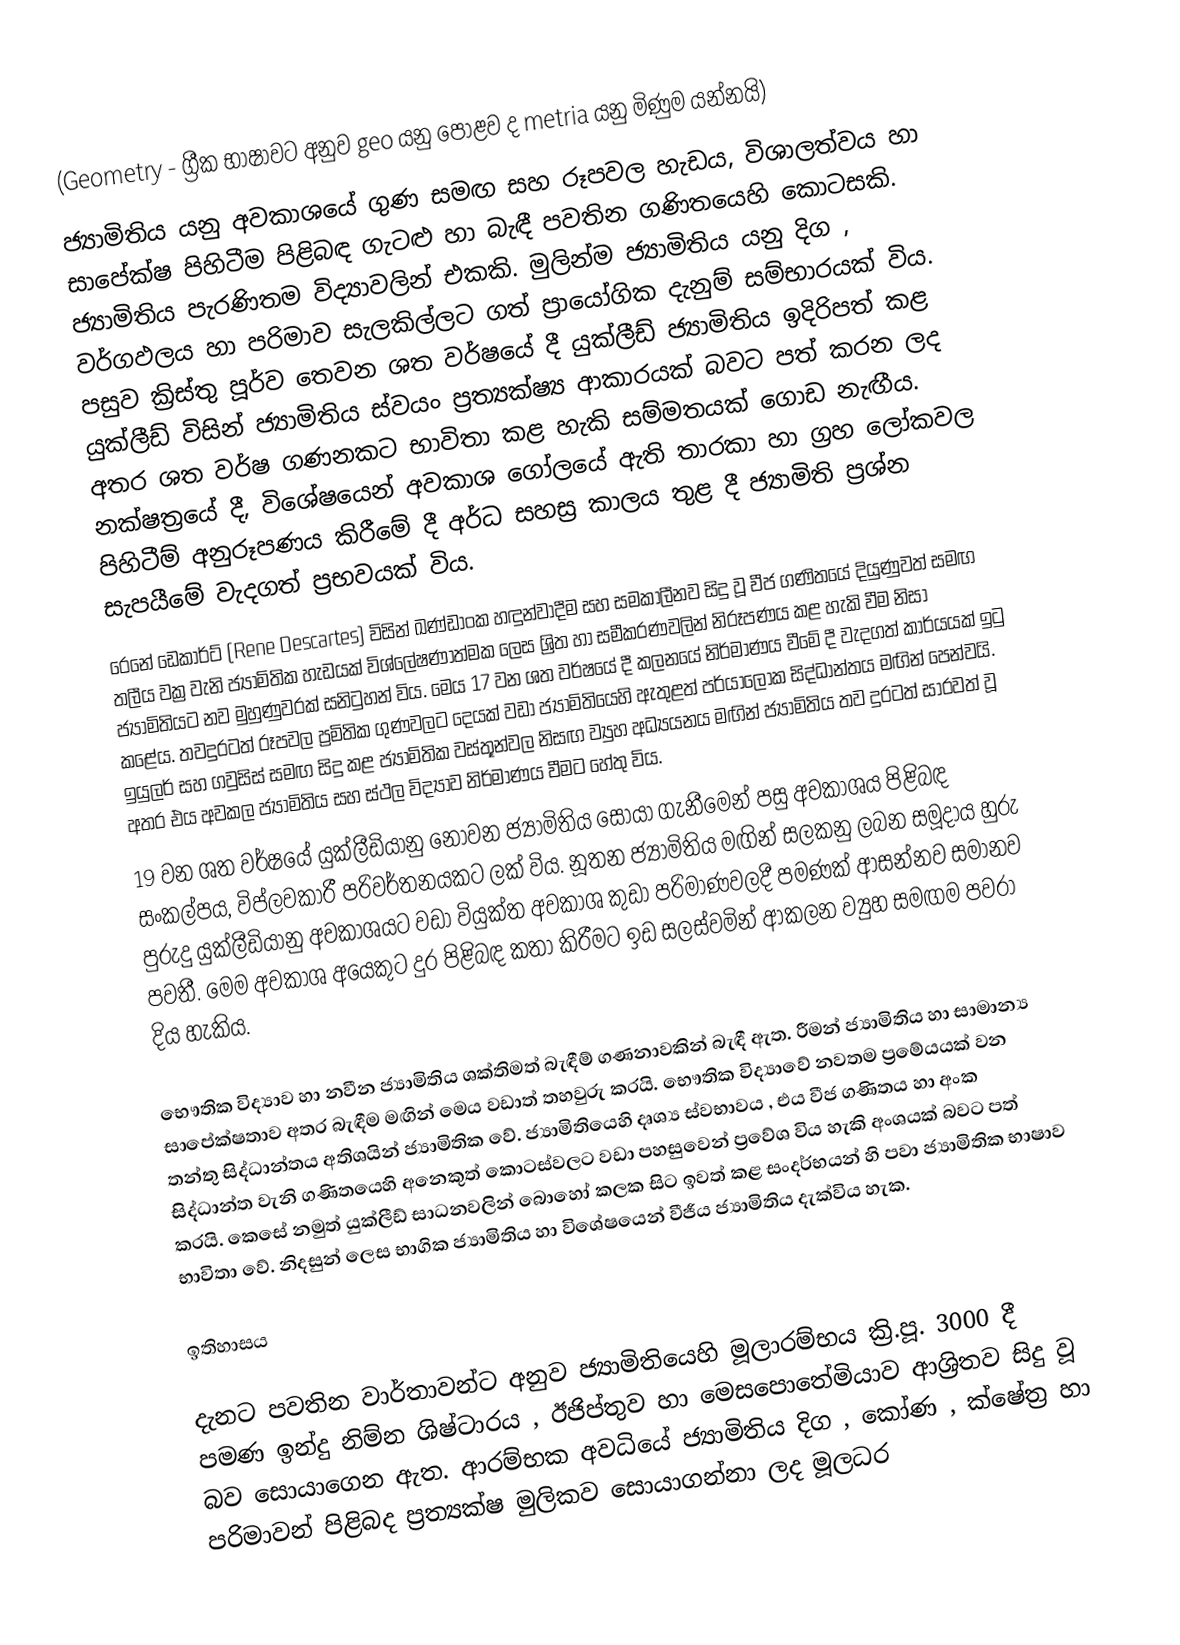
(Geometry - ග්‍රීක භාෂාවට අනුව geo යනු පොළව ද metria යනු මිණුම යන්නයි)
ජ්‍යාමිතිය යනු අවකාශයේ ගුණ සමඟ සහ රූපවල හැඩය, විශාලත්වය හා සාපේක්ෂ පිහිටීම පිළිබඳ ගැටළු හා බැඳී පවතින ගණිතයෙහි කොටසකි. ජ්‍යාමිතිය පැරණිතම විද්‍යාවලින් එකකි. මුලින්ම ජ්‍යාමිතිය යනු දිග , වර්ගඵලය හා පරිමාව සැලකිල්ලට ගත් ප්‍රායෝගික දැනුම් සම්භාරයක් විය. පසුව ක්‍රිස්තු පූර්ව තෙවන ශත වර්ෂයේ දී යුක්ලීඩ් ජ්‍යාමිතිය ඉදිරිපත් කළ යුක්ලීඩ් විසින් ජ්‍යාමිතිය ස්වයං ප්‍රත්‍යක්ෂ්‍ය ආකාරයක් බවට පත් කරන ලද අතර ශත වර්ෂ ගණනකට භාවිතා කළ හැකි සම්මතයක් ගොඩ නැඟීය. නක්ෂත්‍රයේ දී, විශේෂයෙන් අවකාශ ගෝලයේ ඇති තාරකා හා ග්‍රහ ලෝකවල පිහිටීම් අනුරූපණය කිරීමේ දී අර්ධ සහස්‍ර කාලය තුළ දී ජ්‍යාමිති ප්‍රශ්න සැපයීමේ වැදගත් ප්‍රභවයක් විය.
රෙනේ ඩෙකාර්ට් (Rene Descartes) විසින් ඛණ්ඩාංක හඳුන්වාදීම සහ සමකාලීනව සිදු වූ වීජ ගණිතයේ දියුණුවත් සමඟ තලීය වක්‍ර වැනි ජ්‍යාමිතික හැඩයක් විශ්ලේෂණාත්මක ලෙස ශ්‍රිත හා සමීකරණවලින් නිරූපණය කළ හැකි වීම නිසා ජ්‍යාමිතියට නව මුහුණුවරක් සනිටුහන් විය. මෙය 17 වන ශත වර්ෂයේ දී කලනයේ නිර්මාණය වීමේ දී වැදගත් කාර්යයක් ඉටු කළේය. තවදුරටත් රූපවල ප්‍රමිතික ගුණවලට දෙයක් වඩා ජ්‍යාමිතියෙහි ඇතුළත් පර්යාලෝක සිද්ධාන්තය මඟින් පෙන්වයි. ඉයුලර් සහ ගවුසිස් සමඟ සිදු කළ ජ්‍යාමිතික වස්තූන්වල නිසඟ ව්‍යුහ අධ්‍යයනය මඟින් ජ්‍යාමිතිය තව දුරටත් සාරවත් වූ අතර එය අවකල ජ්‍යාමිතිය සහ ස්ථල විද්‍යාව නිර්මාණය වීමට හේතු විය.
19 වන ශත වර්ෂයේ යුක්ලීඩියානු නොවන ජ්‍යාමිතිය සොයා ගැනීමෙන් පසු අවකාශය පිළිබඳ සංකල්පය, විප්ලවකාරී පරිවර්තනයකට ලක් විය. නූතන ජ්‍යාමිතිය මඟින් සලකනු ලබන සමූදාය හුරු පුරුදු යුක්ලීඩියානු අවකාශයට වඩා වියුක්ත අවකාශ කුඩා පරිමාණවලදී පමණක් ආසන්නව සමානව පවතී. මෙම අවකාශ අයෙකුට දුර පිළිබඳ කතා කිරීමට ඉඩ සලස්වමින් ආකලන ව්‍යුහ සමඟම පවරා දිය හැකිය.

භෞතික විද්‍යාව හා නවීන ජ්‍යාමිතිය ශක්තිමත් බැඳීම් ගණනාවකින් බැඳී ඇත. රීමන් ජ්‍යාමිතිය හා සාමාන්‍ය සාපේක්ෂතාව අතර බැඳීම මඟින් මෙය වඩාත් තහවුරු කරයි. භෞතික විද්‍යාවේ නවතම ප්‍රමේයයක් වන තන්තු සිද්ධාන්තය අතිශයින් ජ්‍යාමිතික වේ. ජ්‍යාමිතියෙහි දෘශ්‍ය ස්වභාවය , එය වීජ ගණිතය හා අංක සිද්ධාන්ත වැනි ගණිතයෙහි අනෙකුත් කොටස්වලට වඩා පහසුවෙන් ප්‍රවේශ විය හැකි අංශයක් බවට පත් කරයි. කෙසේ නමුත් යුක්ලීඩ් සාධනවලින් බොහෝ කලක සිට ඉවත් කළ සංදර්භයන් හි පවා ජ්‍යාමිතික භාෂාව භාවිතා වේ. නිදසුන් ලෙස භාගික ජ්‍යාමිතිය හා විශේෂයෙන් වීජීය ජ්‍යාමිතිය දැක්විය හැක.

ඉතිහාසය

දැනට පවතින වාර්තාවන්ට අනුව ජ්‍යාමිතියෙහි මූලාරම්භය ක්‍රි.පූ. 3000 දී පමණ ඉන්දු නිම්න ශිෂ්ටාරය , ඊජිප්තුව හා මෙසපොතේමියාව ආශ්‍රිතව සිදු වූ බව සොයාගෙන ඇත. ආරම්භක අවධියේ ජ්‍යාමිතිය දිග , කෝණ , ක්ෂේත්‍ර හා පරිමාවන් පිළිබද ප්‍රත්‍යක්ෂ මුලිකව සොයාගන්නා ලද මූලධර